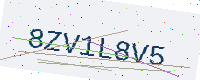
Text: 8ZV1L8V5